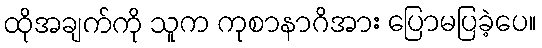
ထိုအချက်ကို သူက ကုစာနာဂိအား ပြောမပြခဲ့ပေ။